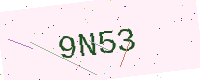
Text: 9N53